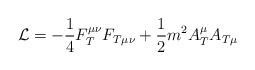
\begin{align*}{\cal L}=-\frac 14F_T^{\mu \nu }F_{T\mu \nu }+\frac 12m^2A_T^\mu A_{T\mu }\end{align*}